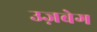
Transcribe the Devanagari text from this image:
उज़बेग